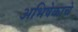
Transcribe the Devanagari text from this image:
अभिषेकाचे